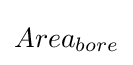
Area_{bore}